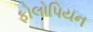
ફોલોપિયન